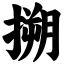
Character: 搠